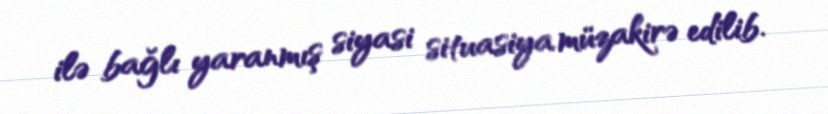
ilə bağlı yaranmış siyasi situasiya müzakirə edilib.